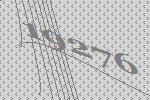
19276